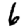
Digit: 6